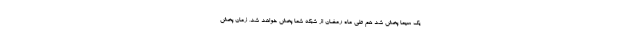
یک سیما پخش شد هم طی ماه رمضان از شبکه شما پخش خواهد شد، زمان پخش